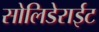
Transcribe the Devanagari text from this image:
सोलिडेराईट